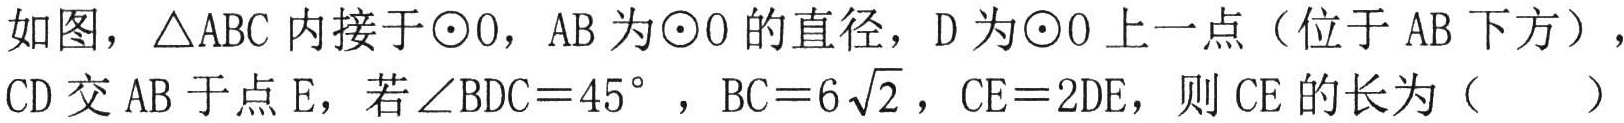
如图，\(\triangle ABC\)内接于\(\odot O\)，\(AB\)为\(\odot O\)的直径，\(D\)为\(\odot O\)上一点（位于\(AB\)下方），\(CD\)交\(AB\)于点\(E\)，若\(\angle BDC = 45^{\circ}\) ，\(BC = 6\sqrt{2}\)，\(CE = 2DE\)，则\(CE\)的长为（  ）